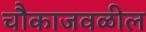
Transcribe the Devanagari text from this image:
चौकाजवळील